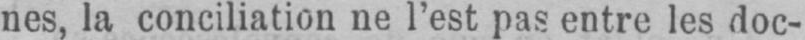
nes, la conciliation ne l’est pas entre les doc-